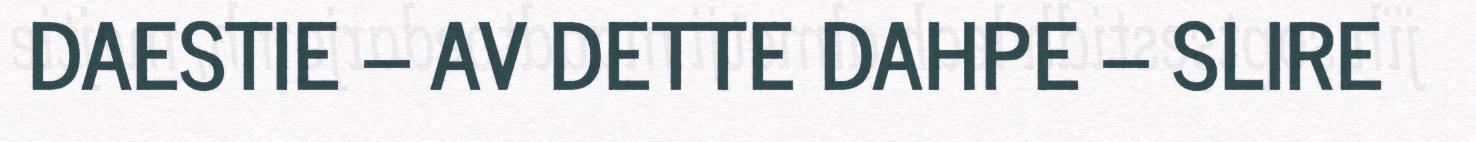
DAESTIE – AV DETTE DAHPE – SLIRE